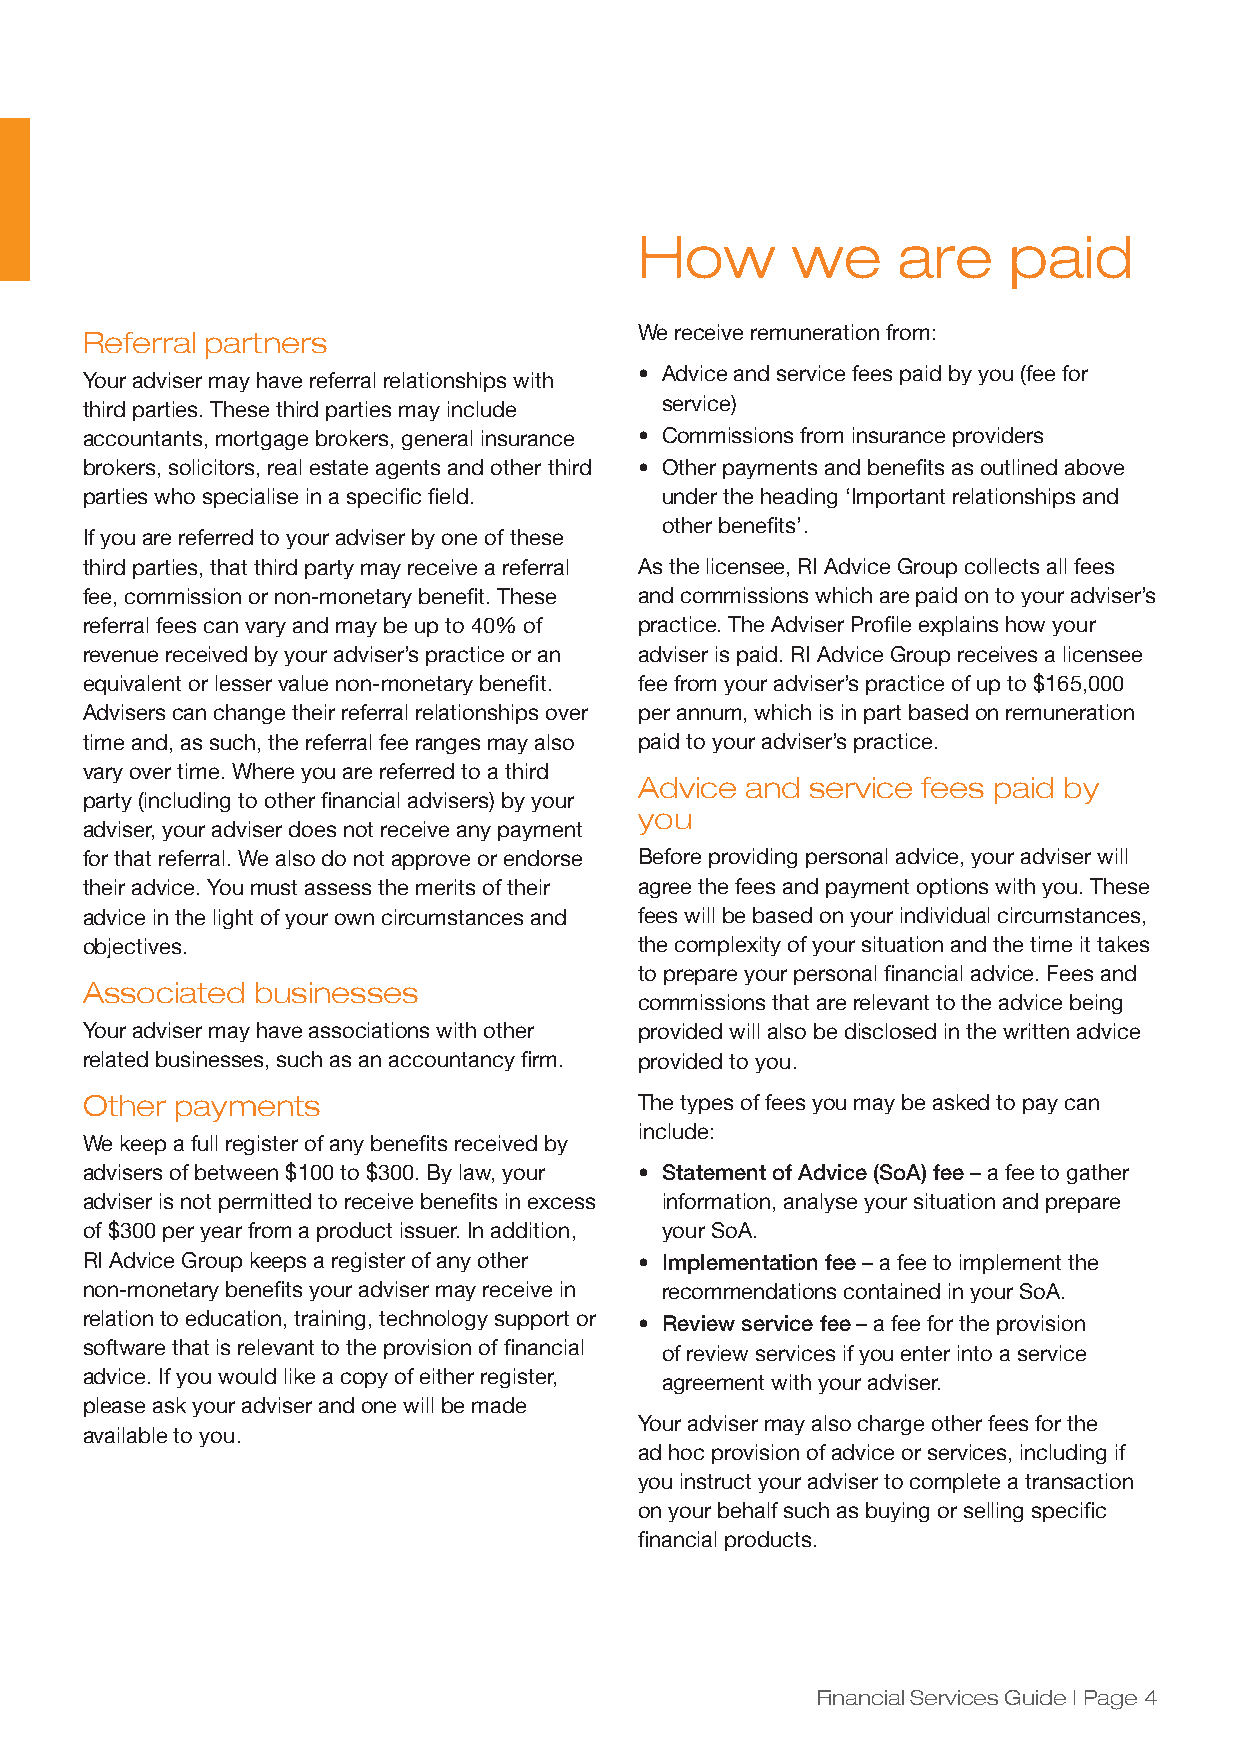
How       we     are     paid
 We receive remuneration from:
 Referral partners
 • Advice and service fees paid by you (fee for
 Your adviser may have referral relationships with
 service)
 third parties. These third parties may include
 accountants, mortgage brokers, general insurance • Commissions from insurance providers
 brokers, solicitors, real estate agents and other third • Other payments and benefits as outlined above
 parties who specialise in a specific field. under the heading ‘Important relationships and
 other benefits’.
 If you are referred to your adviser by one of these
 third parties, that third party may receive a referral As the licensee, RI Advice Group collects all fees
 fee, commission or non-monetary benefit. These and commissions which are paid on to your adviser’s
 referral fees can vary and may be up to 40% of practice. The Adviser Profile explains how your
 revenue received by your adviser’s practice or an adviser is paid. RI Advice Group receives a licensee
 equivalent or lesser value non-monetary benefit. fee from your adviser’s practice of up to $165,000
 Advisers can change their referral relationships over per annum, which is in part based on remuneration
 time and, as such, the referral fee ranges may also paid to your adviser’s practice.
 vary over time. Where you are referred to a third
 Advice and  service fees paid by
 party (including to other financial advisers) by your
 you
 adviser, your adviser does not receive any payment
 for that referral. We also do not approve or endorse Before providing personal advice, your adviser will
 their advice. You must assess the merits of their agree the fees and payment options with you. These
 advice in the light of your own circumstances and fees will be based on your individual circumstances,
 objectives.                          the complexity of your situation and the time it takes
 to prepare your personal financial advice. Fees and
 Associated  businesses
 commissions that are relevant to the advice being
 Your adviser may have associations with other provided will also be disclosed in the written advice
 related businesses, such as an accountancy firm. provided to you.
 Other  payments                      The types of fees you may be asked to pay can
 include:
 We keep a full register of any benefits received by
 advisers of between $100 to $300. By law, your • Statement of Advice (SoA) fee – a fee to gather
 adviser is not permitted to receive benefits in excess information, analyse your situation and prepare
 of $300 per year from a product issuer. In addition, your SoA.
 RI Advice Group keeps a register of any other • Implementation fee – a fee to implement the
 non-monetary benefits your adviser may receive in recommendations contained in your SoA.
 relation to education, training, technology support or • Review service fee – a fee for the provision
 software that is relevant to the provision of financial of review services if you enter into a service
 advice. If you would like a copy of either register, agreement with your adviser.
 please ask your adviser and one will be made
 Your adviser may also charge other fees for the
 available to you.
 ad hoc provision of advice or services, including if
 you instruct your adviser to complete a transaction
 on your behalf such as buying or selling specific
 financial products.
 Financial Services Guide | Page 4